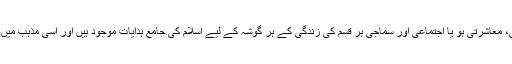
اخلاقی زندگی ہو یا سیاسی، معاشرتی ہو یا اجتماعی اور سماجی ہر قسم کی زندگی کے ہر گوشہ کے لیے اسلام کی جامع ہدایات موجود ہیں اور اسی مذہب میں ہماری نجات مضمر ہے۔